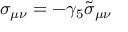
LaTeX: \sigma _ { \mu \nu } = - \gamma _ { 5 } \tilde { \sigma } _ { \mu \nu }